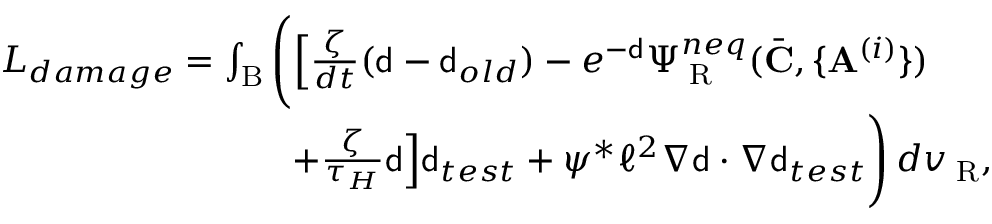
\begin{array} { r l } & { L _ { d a m a g e } = \int _ { \mathrm { B } } \Bigg ( \Big [ \frac { \zeta } { d t } ( { \mathsf { d } } - { \mathsf { d } } _ { o l d } ) - e ^ { - { \mathsf { d } } } \Psi _ { \mathrm { \tiny ~ R } } ^ { n e q } ( \bar { \mathbf { C } } , \{ \mathbf { A } ^ { ( i ) } \} ) } \\ & { \qquad \qquad \qquad \qquad + \frac { \zeta } { \tau _ { H } } { \mathsf { d } } \Big ] { \mathsf { d } } _ { t e s t } + \psi ^ { * } \ell ^ { 2 } \nabla { \mathsf { d } } \cdot \nabla { \mathsf { d } } _ { t e s t } \Bigg ) \, d v _ { \mathrm { \tiny ~ R } } , } \end{array}